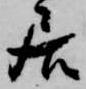
居